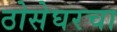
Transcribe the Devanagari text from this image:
ठोसेघरचा